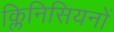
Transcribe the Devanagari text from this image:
क्लिनिसियनों